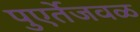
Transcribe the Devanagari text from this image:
पुएर्तेजवळ